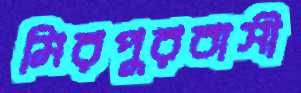
মিরপুরবাসী